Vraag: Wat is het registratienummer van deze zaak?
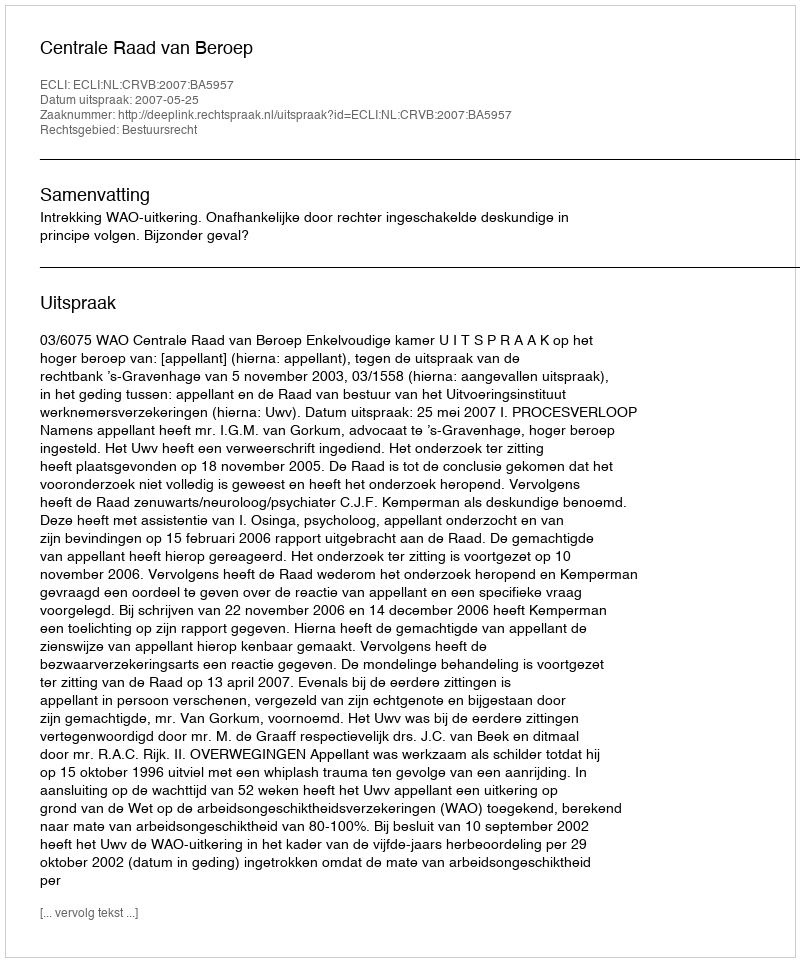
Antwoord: http://deeplink.rechtspraak.nl/uitspraak?id=ECLI:NL:CRVB:2007:BA5957